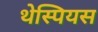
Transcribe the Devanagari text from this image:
थेस्पियस